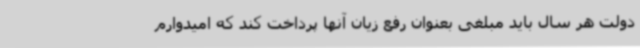
دولت هر سال باید مبلغی بعنوان رفع زیان آنها پرداخت کند که امیدوارم